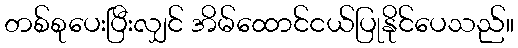
တစ်စုပေးပြီးလျှင် အိမ်ထောင်ငယ်ပြုနိုင်ပေသည်။